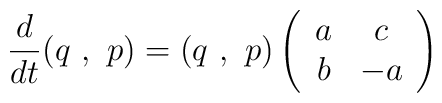
\frac{d}{dt}(q\,\, ,\,\, p)=(q\,\, ,\,\, p)\left(\begin{array}{cc}a & c \\ b & -a \\ \end{array}\right)